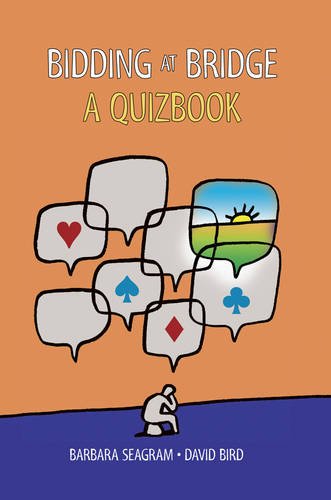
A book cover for Bidding at Bridge: A Quizbook; Barbara Seagram; Humor & Entertainment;